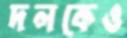
দলকেও